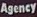
Agency